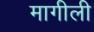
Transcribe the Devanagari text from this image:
मागीली